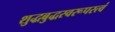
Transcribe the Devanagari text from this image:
शुद्धबुद्धस्वरूपस्त्वं